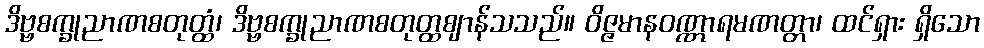
ဒိဗ္ဗစက္ခုညာဏစတုတ္ထံ၊ ဒိဗ္ဗစက္ခုညာဏစတုတ္ထဈာန်သသည်။ ဝိဇ္ဇမာနဝဏ္ဏာရမဏတ္တာ၊ ထင်ရှား ရှိသော